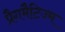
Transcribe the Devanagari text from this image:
प्रैगमैटिज्म